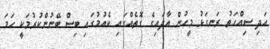
އަދި ސިއްހަތު ރަނގަޅު މީހުން އާދައިގެ ގޮތެއްގައި ކެއުމުގައި ބިސް ބޭނުންކުރުމަކީ ހަމަ